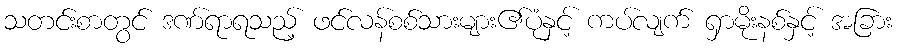
သတင်းစာတွင် ဒဏ်ရာရသည့် ဖင်လန်စစ်သားများ၏ပုံနှင့် ကပ်လျက် ရှာမိုးနစ်နှင့် အခြား